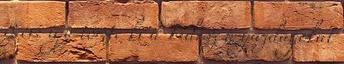
8 év: így tömte ki a Fidesz a gazdagokat